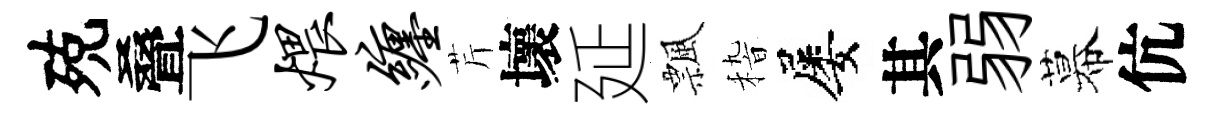
殑叠飞煨缠芹壞延飄𥟵屡其弱幕伉